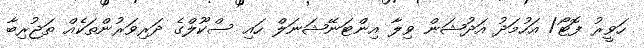
ހަވީރު ފޮޓޯ/ އަހުމަދު އަދުޝަން ވިލާ އިންޓަނޭޝަނަލް ހައި ސްކޫލްގެ ދަރިވަރުންތަކެއް ތަޖުރިބާ